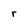
Character: r